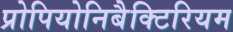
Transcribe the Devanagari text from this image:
प्रोपियोनिबैक्टिरियम